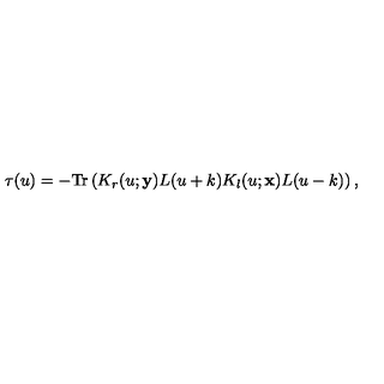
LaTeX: \tau ( u ) = - \mathrm { T r } \left( K _ { r } ( u ; { \bf y } ) L ( u + k ) K _ { l } ( u ; { \bf x } ) L ( u - k ) \right) ,